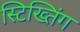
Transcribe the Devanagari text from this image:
स्टिख्तिंग